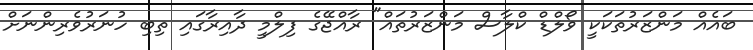
ބައެއް މަންޒަރުތަކަކީ ވޯލްޑް ކްލާސް މަންޒަރުތައް" ރާއްޖޭގެ ފިލްމީ ދާއިރާގައި ތިބި ހުނަރުވެރިންނަށް